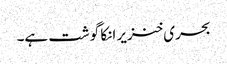
بحری خنزیر انکا گوشت ہے۔